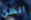
الظن